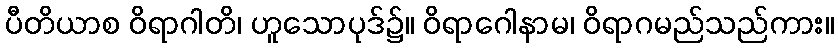
ပီတိယာစ ဝိရာဂါတိ၊ ဟူသောပုဒ်၌။ ဝိရာဂေါနာမ၊ ဝိရာဂမည်သည်ကား။